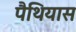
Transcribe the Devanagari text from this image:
पैथियास